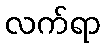
လက်ရာ